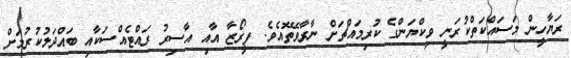
ރަޔާހީން މަސައްކަތްކުރަނީ ވިކްޔަންގެ ކުރިމައްޗަށް ނާރާވޭތޮއެވެ. ފީރޯޒާ އާއި އާސިރު ރައްޓެއްސަކާއި ބައްދަލުކުރުމަށް